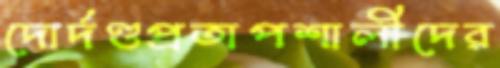
দোর্দণ্ডপ্রতাপশালীদের